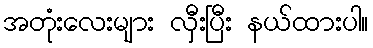
အတုံးလေးများ လှီးပြီး နယ်ထားပါ။